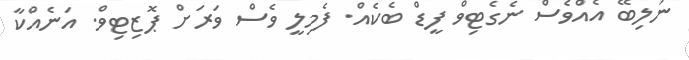
ނުލިބޭ އެއްވެސް ނެގެޓިވް ފީޑް ބެކެއް. ފެމިލީ ވެސް ވަރަށް ޕޮޒިޓިވް. އަނެއްކާ